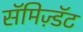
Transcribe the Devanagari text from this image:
सॅमिज़्डॅट